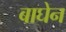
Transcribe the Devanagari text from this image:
बाघेन